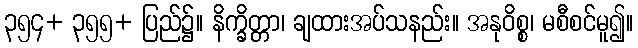
၃၅၄+ ၃၅၅+ ပြည်၌။ နိက္ခိတ္တာ၊ ချထားအပ်သနည်း။ အနုဝိစ္စ၊ မစီစင်မူ၍။